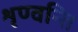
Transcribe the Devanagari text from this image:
शृण्वन्ति